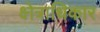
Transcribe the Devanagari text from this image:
क्ष्‍ोत्राधिकार